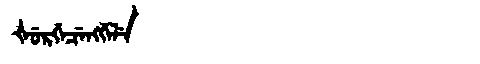
Manchu: ᡧᡠᡵᡤᡝᠴᡝᠩᡤᡝᠯᡝ
Romanization: ŠURGECENGGELE